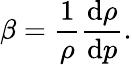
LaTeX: \beta={\frac{1}{\rho}}{\frac{\mathrm{d}\rho}{\mathrm{d}p}}.